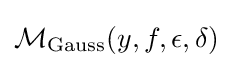
{\mathcal {M}}_{\text{Gauss}}(y,f,\epsilon ,\delta )